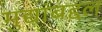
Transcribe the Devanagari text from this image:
मुद्यांबद्दल